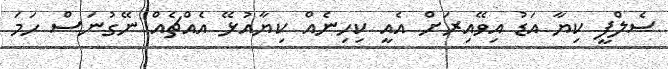
ސެލްފީ ކިޔާ އަޑު އިވޭއިރަށް އެއީ ކިހިނެއް ކިޔާއުޅޭ އެއްޗެއް ނޭގުނަސް ހަމަ